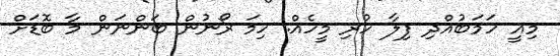
މިއީ ހަމަބުއްދި ފިލާ ހުރި މީހެއް. ހިމަ ރޯނުން ބަންނަން މާ ބޮޑަށް